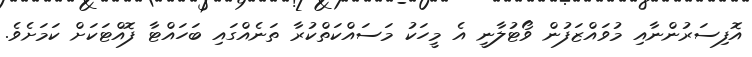
އޮފިސަރުންނާއި މުވައްޒަފުން ވޯޓުލާނީ އެ މީހަކު މަސައްކަތްކުރާ ތަނެއްގައި ބަހައްޓާ ފޮއްޓަކަށް ކަމަށެވެ.